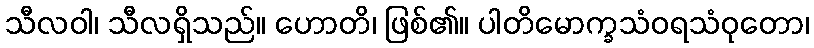
သီလဝါ၊ သီလရှိသည်။ ဟောတိ၊ ဖြစ်၏။ ပါတိမောက္ခသံဝရသံဝုတော၊